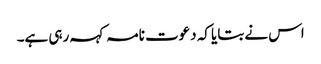
اس نے بتایا کہ دعوت نامہ کہہ رہی ہے۔